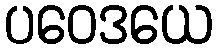
ပဝေဒယေ